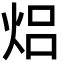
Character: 焒